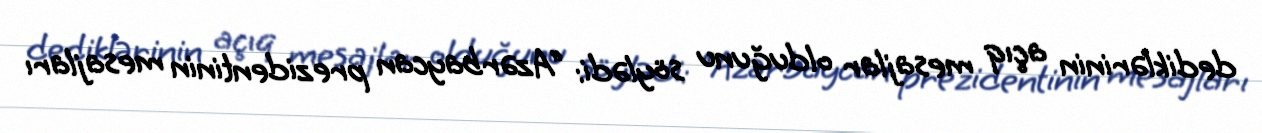
dediklərinin açıq mesajlar olduğunu söylədi: “Azərbaycan prezidentinin mesajları